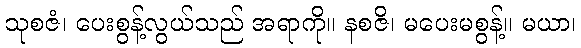
သုစဇံ၊ ပေးစွန့်လွယ်သည် အရာကို။ နစဇိ၊ မပေးမစွန့်။ မယာ၊